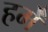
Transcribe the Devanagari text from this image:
हमे॑